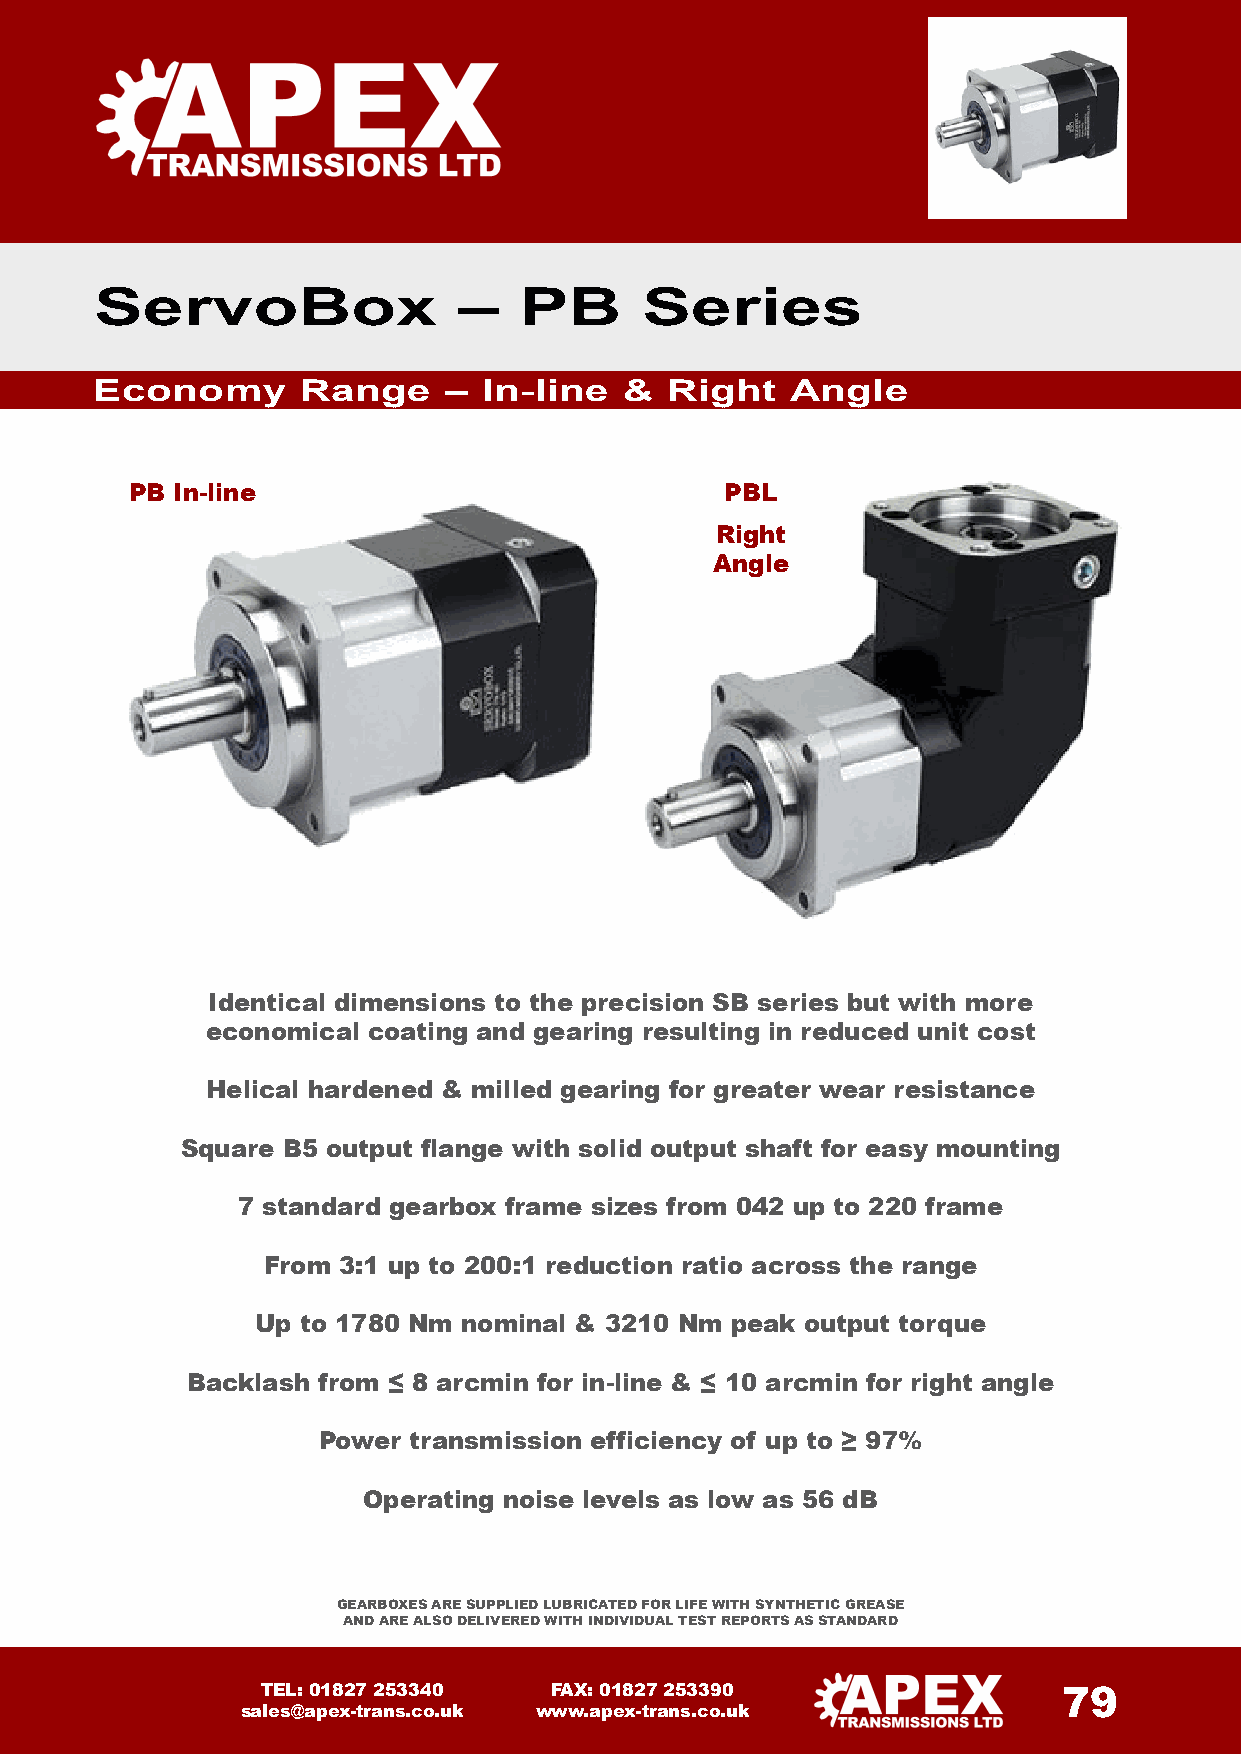
ServoBox                –   PB      Series
 Economy       Range    –  In-line  &  Right   Angle
 PB In-line                             PBL
 Right
 Angle
 Identical dimensions to the precision SB series but with more
 economical coating and gearing resulting in reduced unit cost
 Helical hardened & milled gearing for greater wear resistance
 Square B5 output flange with solid output shaft for easy mounting
 7 standard gearbox frame sizes from 042 up to 220 frame
 From 3:1 up to 200:1 reduction ratio across the range
 Up to 1780 Nm nominal & 3210 Nm peak output torque
 Backlash from ≤ 8 arcmin for in-line & ≤ 10 arcmin for right angle
 Power transmission efficiency of up to ≥ 97%
 Operating noise levels as low as 56 dB
 GEARBOXES ARE SUPPLIED LUBRICATED FOR LIFE WITH SYNTHETIC GREASE
 AND ARE ALSO DELIVERED WITH INDIVIDUAL TEST REPORTS AS STANDARD
 TEL: 01827 253340  FAX: 01827 253390                 79
 sales@apex-trans.co.uk www.apex-trans.co.uk